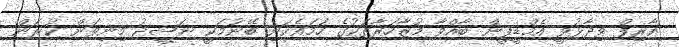
އާރިފް ވިދާޅުވީ އެމްޑީޕީން ބާއްވާ މުޒާހަރާތަކުގެ ހަމައެކަނި ބޭނުމަކީ ނަޝީދު މިނިވަން ކުރަން